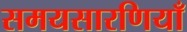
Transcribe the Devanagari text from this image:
समयसारणियाँ